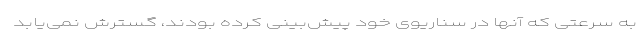
به سرعتی که آنها در سناریوی خود پیش‌بینی کرده بودند، گسترش نمی‌یابد